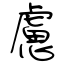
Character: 慮